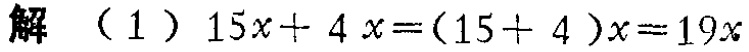
解 （1）\(15x + 4x=(15 + 4)x = 19x\)